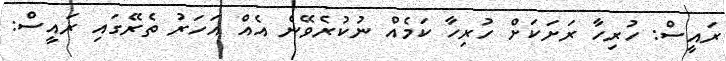
ރައީސް: ހުރިހާ ރަށަކަށް ހުރިހާ ކަމެއް ނުކުރެވޭނެ އެއް އަހަރު ތެރޭގައި ރައީސް: